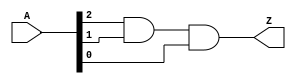
module and_3in_v(
  input [2:0] A,
  output Z
  );

  and(Z, A[2], A[1], A[0]);

endmodule //and_3in_v